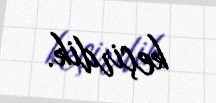
keçirdik.